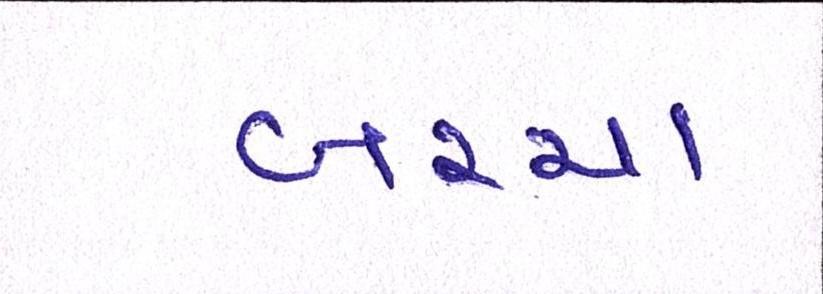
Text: બચ્ચા